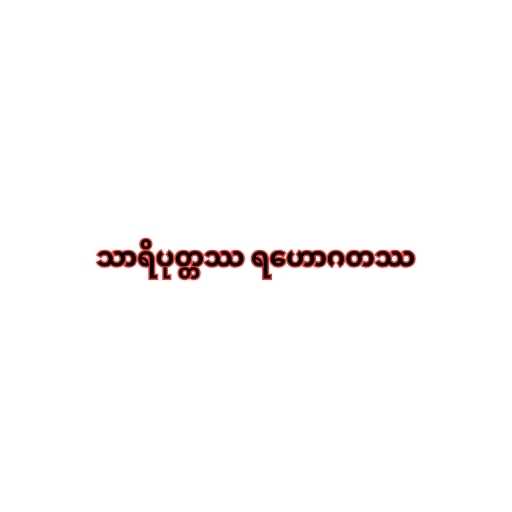
သာရိပုတ္တဿ ရဟောဂတဿ